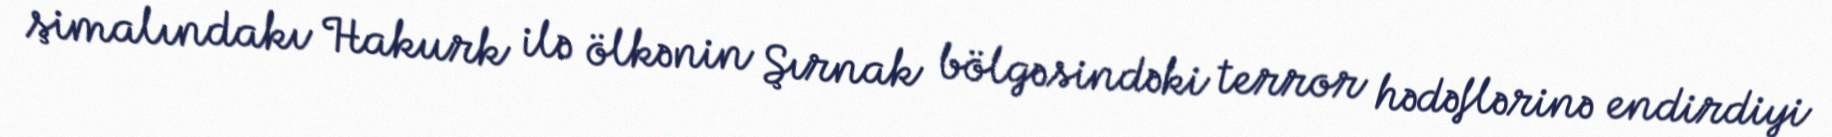
şimalındakı Hakurk ilə ölkənin Şırnak bölgəsindəki terror hədəflərinə endirdiyi